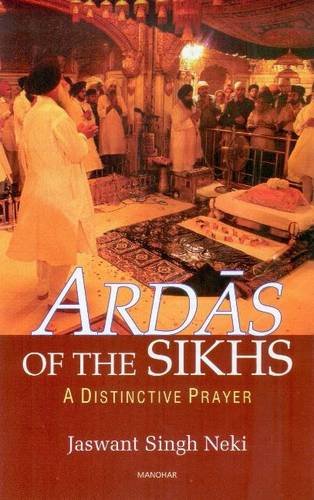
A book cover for Ardas of the Sikhs: A Distinctive Prayer; Jaswant Singh Neki; Religion & Spirituality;